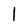
Character: l